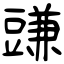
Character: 豏